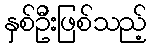
နှစ်ဦးဖြစ်သည့်